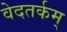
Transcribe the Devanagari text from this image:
वेदतर्कम्